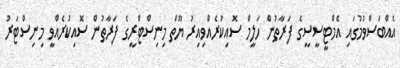
އެއްބަސްވުމުގައި އެމްޓީސީސީގެ ފަރާތުން ހަލީމް ސޮއިކުރެއްވިއިރު ޔޫތް މިނިސްޓްރީގެ ފަރާތުން ސޮއިކުރެއްވީ މިނިސްޓަރު